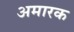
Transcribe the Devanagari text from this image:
अमारक